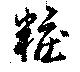
粧